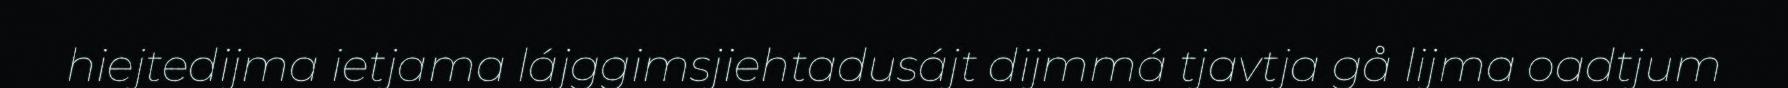
hiejtedijma ietjama lájggimsjiehtadusájt dijmmá tjavtja gå lijma oadtjum